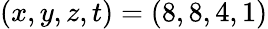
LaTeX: (x,y,z,t)=(8,8,4,1)